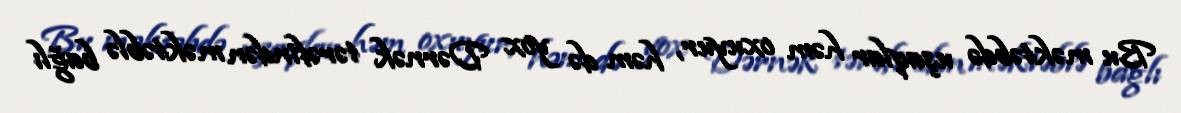
Bu məktəbdə uşaqlar həm oxuyur, həm də yox Dərnək tərəfindən məktəblə bağlı